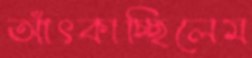
আঁৎকাচ্ছিলেম